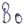
Text: B0